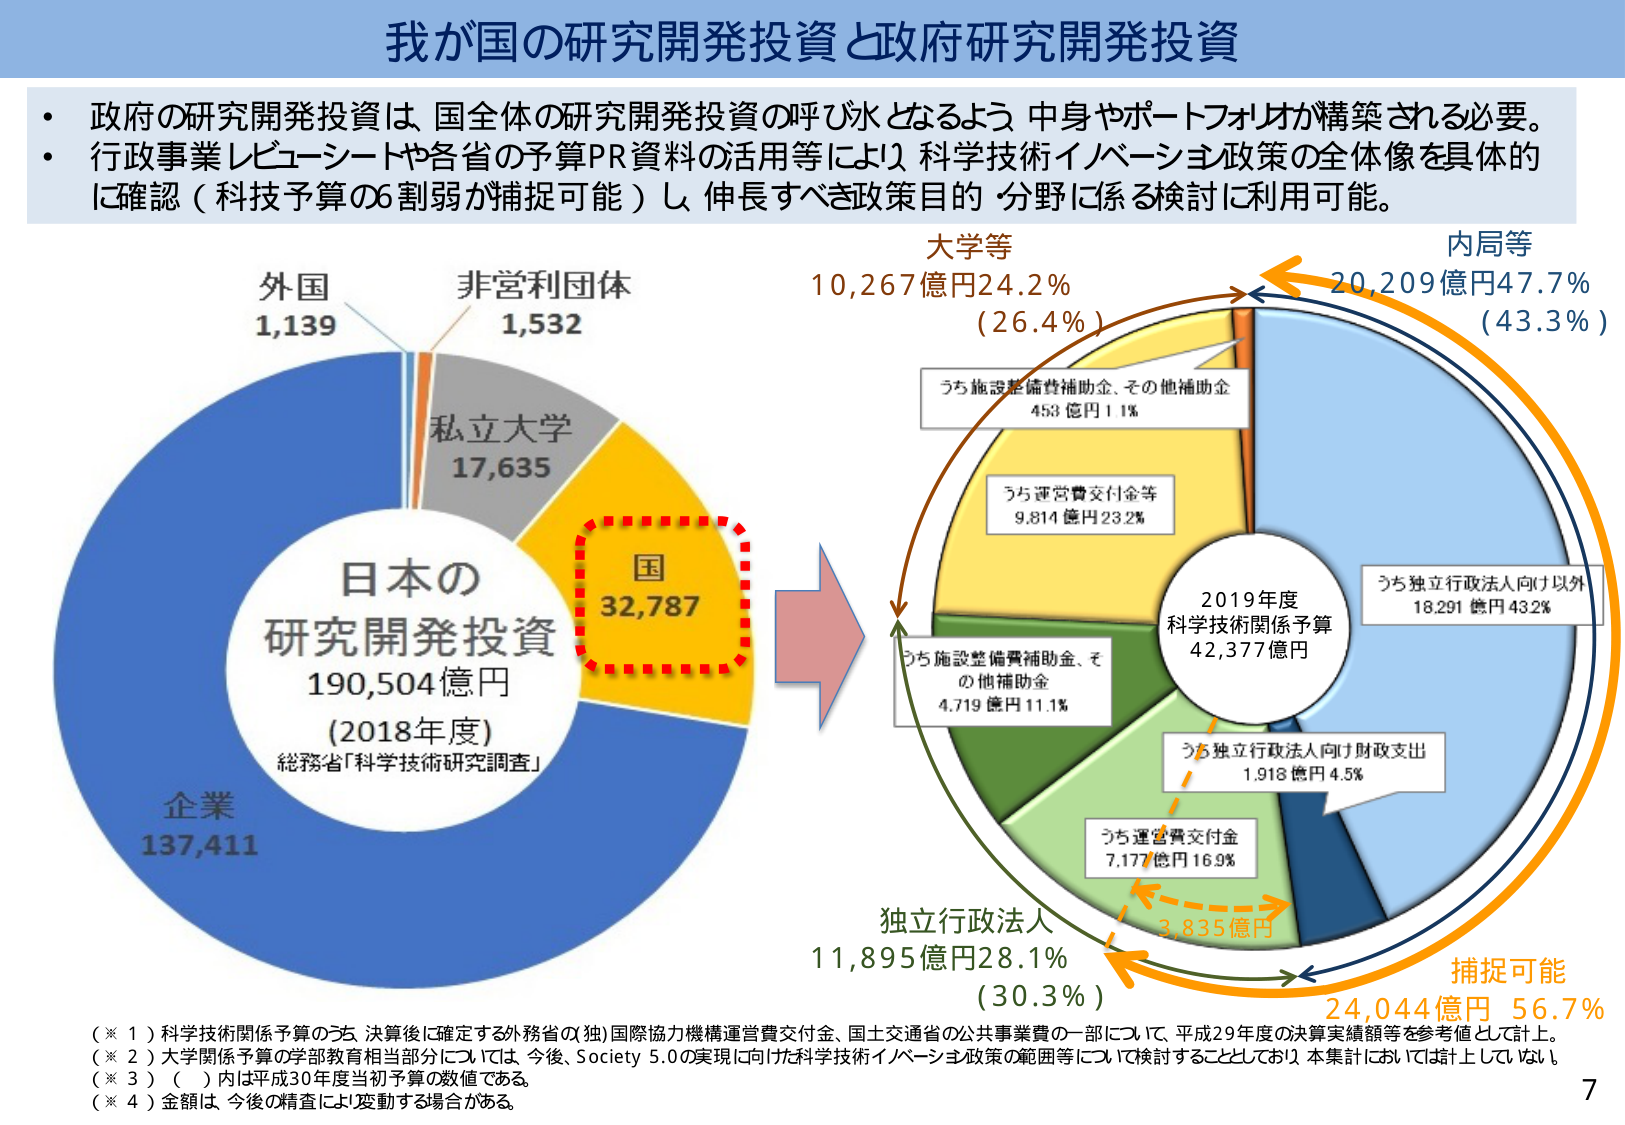
我が国の研究開発投資と政府研究開発投資

・政府の研究開発投資は、国全体の研究開発投資の呼び水となるよう、中身やポートフォリオが構築される必要。
・行政事業レビュー・シートや各省の予算PR資料の活用等により、科学技術イノベーション政策の全体像を具体的に確認（科技予算の割弱が捕捉可能）し、伸長すべき政策目的・分野に係る検討に利用可能。

日本の
研究開発投資
190,504億円
(2018年度)
総務省「科学技術研究調査」

外国
1,139

非営利団体
1,532

私立大学
17,635

国
32,787

企業
137,411

大学等
10,267億円24.2%
(26.4%)

内局等
20,209億円47.7%
(43.3%)

うち施設整備費補助金、その他補助金
453億円11%

うち運営費交付金等
9,814億円23.2%

2019年度
科学技術関係予算
42,377億円

うち独立行政法人向け以外
18,291億円43.2%

うち施設整備費補助金、その他補助金
4,719億円11.1%

うち独立行政法人向け財政支出
1,918億円4.5%

うち運営費交付金
7,177億円16.9%

独立行政法人
11,895億円28.1%
(30.3%)

3,835億円

捕捉可能
24,044億円 56.7%

（※１）科学技術関係予算のうち、決算後に確定する外務省の（独）国際協力機構運営費交付金、国土交通省の公共事業費の一部について、平成29年度の決算実績額等を参考値として計上。
（※２）大学関係予算の学部教育相当部分については、今後、Society 5.0の実現に向けた科学技術イノベーション政策の範囲等について検討することとしており、本集計においては計上していない。
（※３）（ ）内は平成30年度当初予算の数値である。
（※４）金額は、今後の精査により変動する場合がある。

7